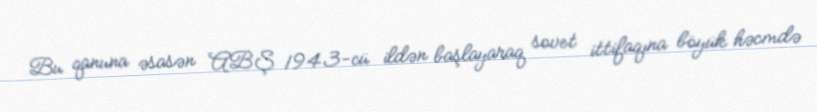
Bu qanuna əsasən ABŞ 1943-cü ildən başlayaraq sovet ittifaqına böyük həcmdə